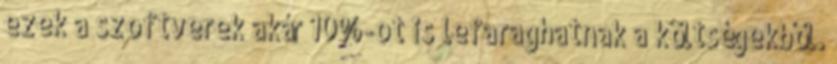
ezek a szoftverek akár 10%-ot is lefaraghatnak a költségekből.